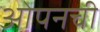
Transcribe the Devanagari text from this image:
ओपनची